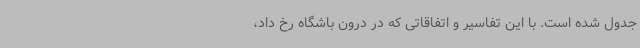
جدول شده است. با این تفاسیر و اتفاقاتی که در درون باشگاه رخ داد،